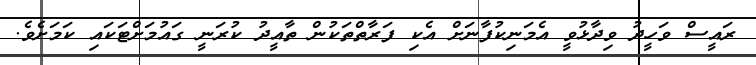
ރައީސް ވަހީދު ވިދާޅުވީ އެމަނިކުފާނަށް އެކި ފަރާތްތަކުން ތާއީދު ކުރަނީ ގައުމަށްޓަކައި ކަމަށެވެ.